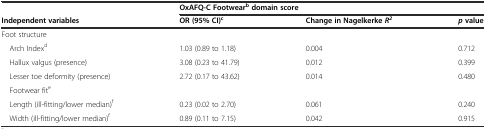
|  | <COLSPAN=3> OxAFQ-C Footwearbdomain score |
 | Independent variables | OR (95% CI)c | Change in NagelkerkeR2 | pvalue |
 | --- | --- | --- | --- |
 | Foot structure |  |  |  |
 | Arch Indexd | 1.03 (0.89 to 1.18) | 0.004 | 0.712 |
 | Hallux valgus (presence) | 3.08 (0.23 to 41.79) | 0.012 | 0.399 |
 | Lesser toe deformity (presence) | 2.72 (0.17 to 43.62) | 0.014 | 0.480 |
 | Footwear fite |  |  |  |
 | Length (ill-fitting/lower median)f | 0.23 (0.02 to 2.70) | 0.061 | 0.240 |
 | Width (ill-fitting/lower median)f | 0.89 (0.11 to 7.15) | 0.042 | 0.915 |